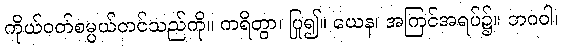
ကိုယ်ဝတ်စမ္ပယ်တင်သည်ကို။ ကရိတွာ၊ ပြု၍။ ယေန၊ အကြင်အရပ်၌။ ဘဂဝါ၊